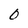
Character: 0